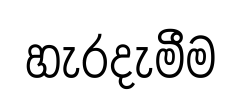
හැරදැමීම